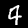
Label: 4